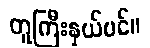
တူကြီးနှယ်ပင်။